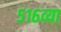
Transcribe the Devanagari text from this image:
५१६व्या